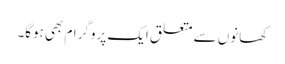
کھانوں سے متعلق ایک پروگرام بھی ہوگا۔